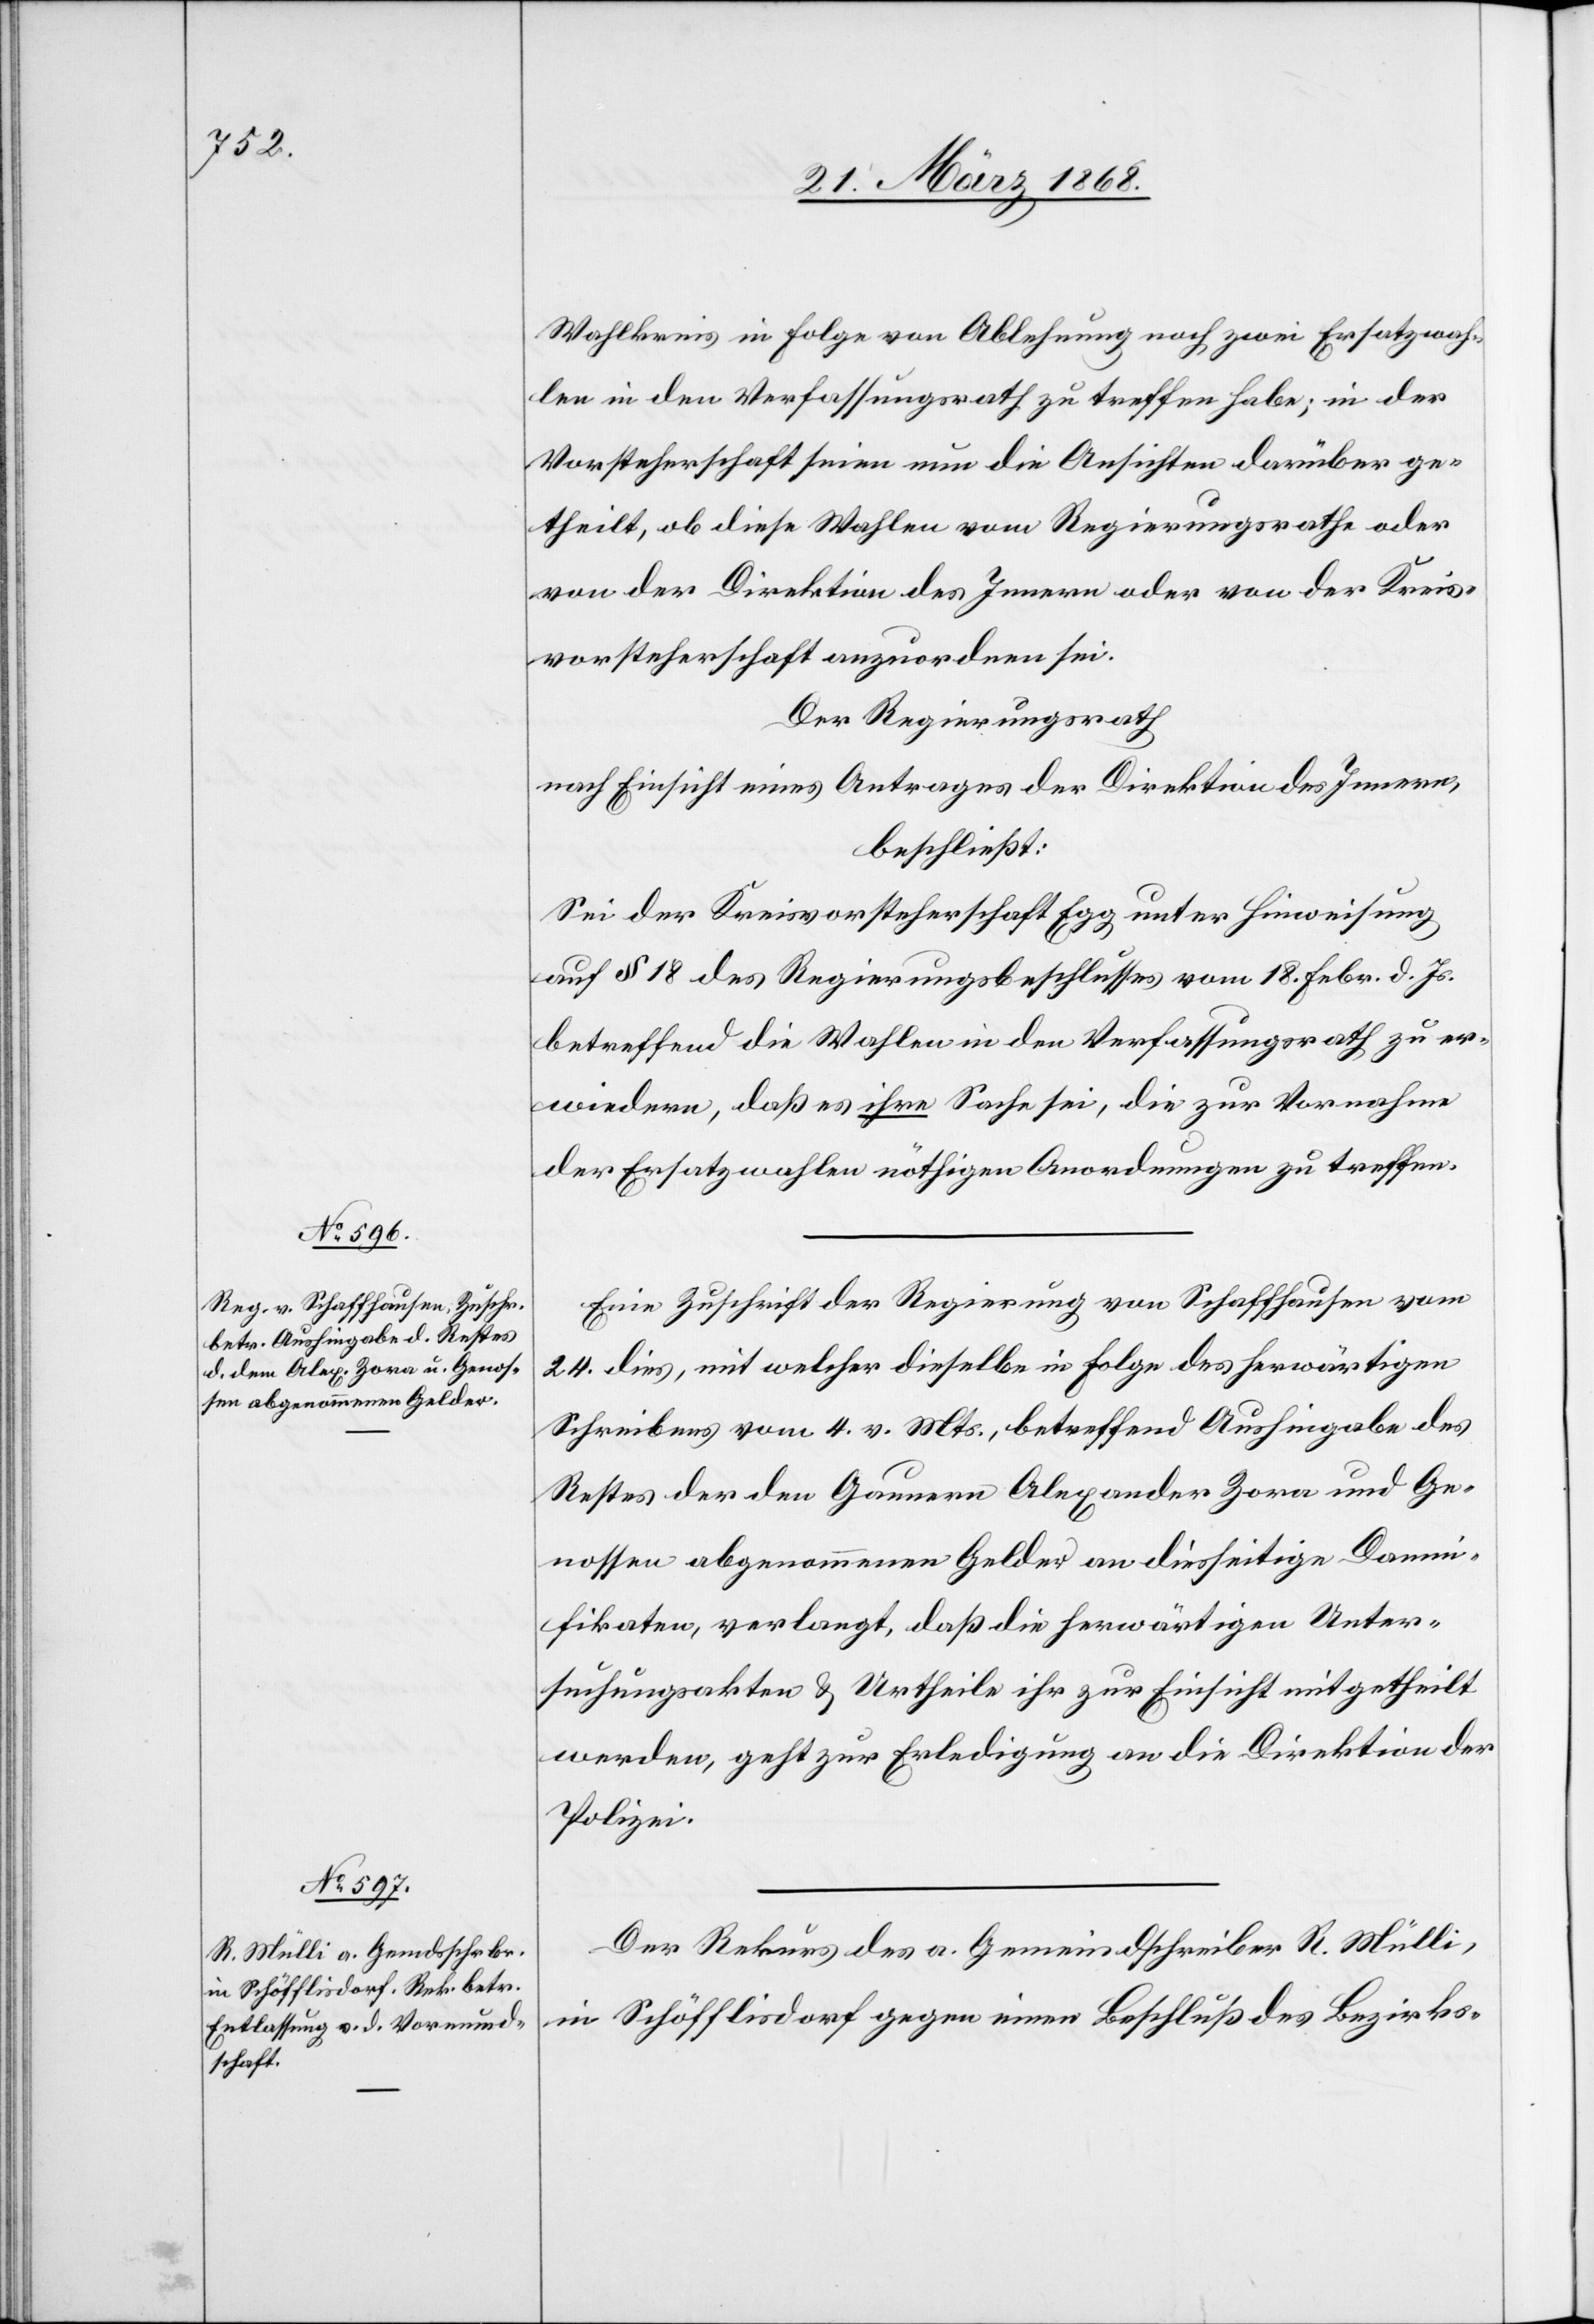
26. März 1868.]
Wahlkreis in Folge von Ablehnung noch zwei Ersatzwah¬
len in den Verfassungsrath zu treffen habe; in der
Vorsteherschaft seien nun die Ansichten darüber ge¬
theilt, ob diese Wahlen vom Regierungsrathe oder
von der Direktion des Innern oder von der Kreis¬
vorsteherschaft anzuordnen sei[en].
Der Regierungsrath
nach Einsicht eines Antrages der Direktion des Innern,
beschließt:
Sei der Kreisvorsteherschaft Egg unter Hinweisung
auf § 18 des Regierungsbeschlusses vom 18. Febr. d. Js.
betreffend die Wahlen in den Verfassungsrath zu er¬
wiedern, daß es ihre Sache sei, die zur Vornahme
der Ersatzwahlen nöthigen Anordnungen zu treffen.
Eine Zuschrift der Regierung von Schaffhausen vom
24. dies, mit welcher dieselbe in Folge des herwärtigen
Schreibens vom 4. v. Mts., betreffend Aushingabe des
Restes der den Gaunern Alexander Zora und Ge¬
nossen abgenommenen Gelder an diesseitige Damn¬
ifikaten, verlangt, daß die herwärtigen Unter¬
suchungsakten & Urtheile ihr zur Einsicht mitgetheilt
werden, geht zur Erledigung an die Direktion der
Polizei.
Der Rekurs des a. Gemeindschreiber R. Mülli,
in Schöfflisdorf gegen einen Beschluß des Bezirks-